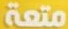
متعة